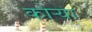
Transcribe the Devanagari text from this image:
कोऱ्‍या